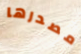
مصدرها